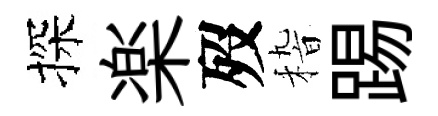
探楽歿𥟵踢